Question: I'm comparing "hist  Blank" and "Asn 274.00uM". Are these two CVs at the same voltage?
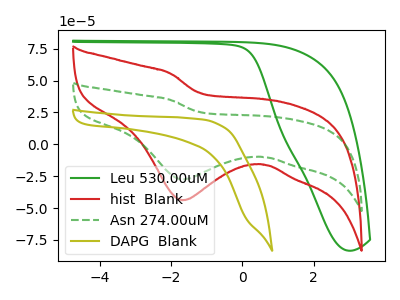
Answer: <think>The green curve "Leu 530.00uM" has no peaks. The red curve "hist  Blank" has a cathodic peak at: (-1.70V, -43.85uA). The green dashed curve "Asn 274.00uM" has a cathodic peak at: (-1.70V, -27.50uA). The olive curve "DAPG  Blank" has no peaks.
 All the peaks in "hist  Blank" have a peak in "Asn 274.00uM" at the same potential. Every peak in "hist  Blank" is higher than every peak in "Asn 274.00uM".</think>
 <answer>"hist  Blank" and "Asn 274.00uM" are similar in shape.</answer>
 <eval>same_shape</eval>